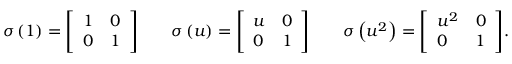
\sigma \left( 1 \right) = { \left[ \begin{array} { l l } { 1 } & { 0 } \\ { 0 } & { 1 } \end{array} \right] } \qquad \sigma \left( u \right) = { \left[ \begin{array} { l l } { u } & { 0 } \\ { 0 } & { 1 } \end{array} \right] } \qquad \sigma \left( u ^ { 2 } \right) = { \left[ \begin{array} { l l } { u ^ { 2 } } & { 0 } \\ { 0 } & { 1 } \end{array} \right] } .